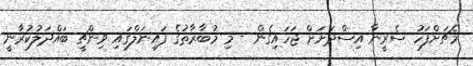
މެޗަށްފަހު ސެރީނާ އިސްދަށަށް ޖަހައިގެން - މި މުބާރާތުގެ ފައިނަލްގައި ވިންޗީ ބައްދަލުކުރާނީ